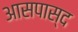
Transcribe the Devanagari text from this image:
आसपास्द